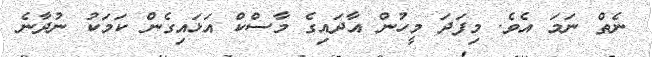
ނެތް ނަމަ އެވެ. މިފަދަ މީހުން އާދައިގެ މާސްކް އަޅައިގެން ކަމަކު ނުދާނެ